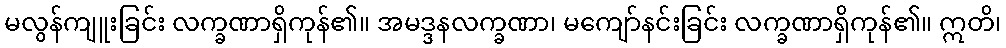
မလွန်ကျူးခြင်း လက္ခဏာရှိကုန်၏။ အမဒ္ဒနလက္ခဏာ၊ မကျော်နင်းခြင်း လက္ခဏာရှိကုန်၏။ ဣတိ၊